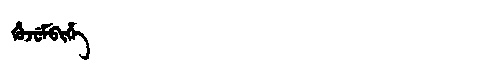
Manchu: ᡥᡠᠵᡠᠮᠪᡳᡥᡝ
Romanization: HUJUMBIHE